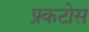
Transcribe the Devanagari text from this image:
फ्र्कटोस